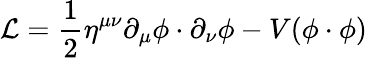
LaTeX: {\mathcal{L}}={\frac{1}{2}}\eta^{\mu\nu}\partial_{\mu}\phi\cdot\partial_{\nu}\phi-V(\phi\cdot\phi)